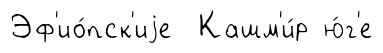
Эф'ио́пск'иjе Кашм'и́р ю́г'е